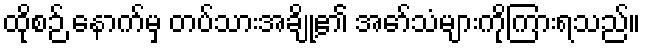
ထိုစဉ် နောက်မှ တပ်သားအချို့၏ အော်သံများကိုကြားရသည်။